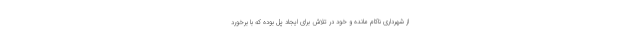
از شهرداری ناکام مانده و خود در تلاش برای ایجاد پل بوده که با برخورد